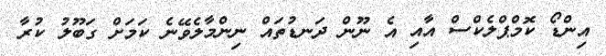
އިންޑޯ ކޮމްޕްލެކްސް އާއި އެ ނޫން ދަނޑުތައް ނިންމާލެވޭނެ ކަމަށް ގަބޫލު ކުރާ